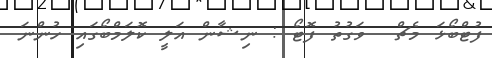
ފުޓްބޯޅަ މެޗް  ވަގުތު ފޮޓޯ : ނިޝާން އަލީ ކޮލަަމްބޯގައި ހުންނަ